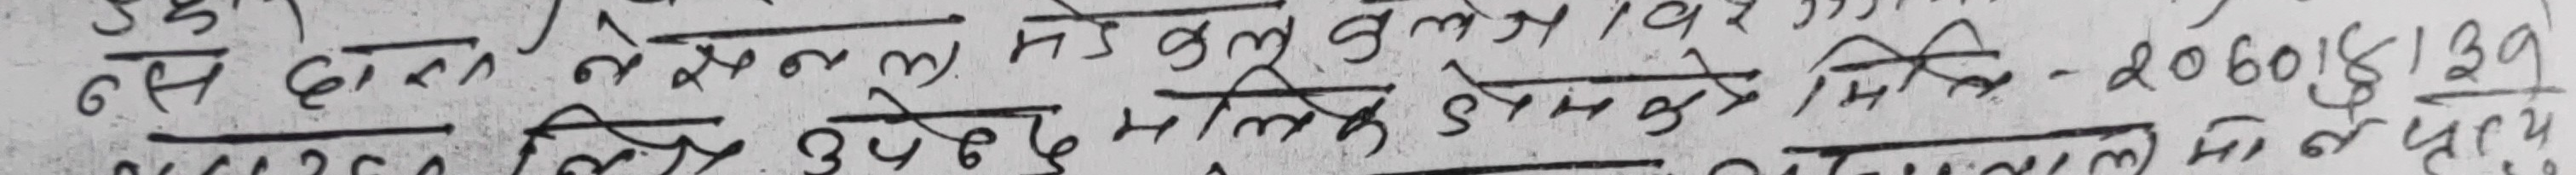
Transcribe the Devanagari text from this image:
६ से दत्त वे श्यामा के कुल १२/९३ मि - २०६०१३९